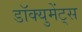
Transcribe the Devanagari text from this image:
डॉक्युमेंट्‌स